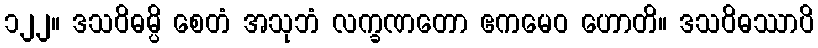
၁၂၂။ ဒသဝိဓမ္ပိ စေတံ အသုဘံ လက္ခဏတော ဧကမေဝ ဟောတိ။ ဒသဝိဓဿာပိ